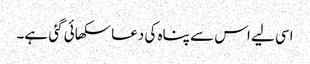
اسی لیے اس سے پناہ کی دعا سکھائی گئی ہے۔